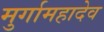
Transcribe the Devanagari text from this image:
मुर्गामहादेव